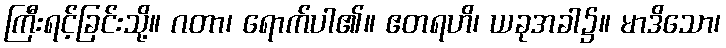
ကြီးရင့်ခြင်းသို့။ ဂတာ၊ ရောက်ပါ၏။ ဧတရဟိ၊ ယခုအခါ၌။ မာဒိသော၊